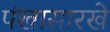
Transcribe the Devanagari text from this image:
पंखासारखे